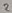
Text: 2